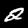
Digit: 2